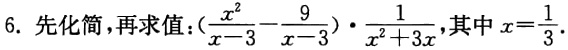
6. 先化简，再求值：\((\frac{x^{2}}{x - 3}-\frac{9}{x - 3})\cdot\frac{1}{x^{2}+3x}\)，其中\(x = \frac{1}{3}\)。